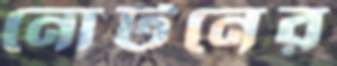
নোটনের